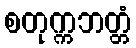
စတုက္ကဘတ္တံ